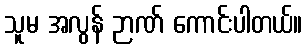
သူမ အလွန် ဉာဏ် ကောင်းပါတယ်။